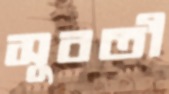
সুবতী